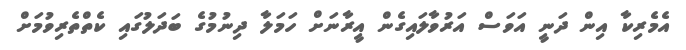
އެމެރިކާ އިން ދަނީ އަވަސް އަރުވާލައިގެން އީރާނަށް ހަމަލާ ދިނުމުގެ ބަދަލުގައި ކެތްތެރިވުމަށް